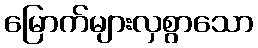
မြောက်များလှစွာသော